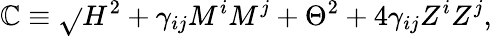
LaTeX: \mathbb{C}\equiv\sqrt{}{{H^{2}+\gamma_{ij}M^{i}M^{j}+\Theta^{2}+4\gamma_{ij}Z^{i}Z^{j}}},